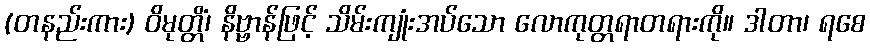
(တနည်းကား) ဝိမုတ္တိံ၊ နိဗ္ဗာန်ဖြင့် သိမ်းကျုံးအပ်သော လောကုတ္တရာတရားကို။ ဒါတာ၊ ရစေ